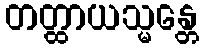
တတ္ထာယသ္မန္တေ